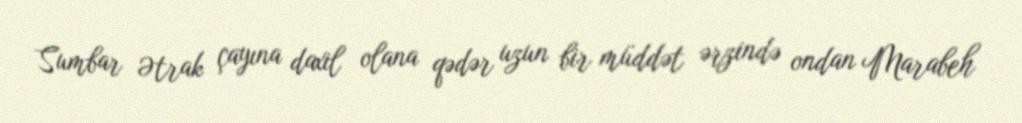
Sumbar Ətrak çayına daxil olana qədər uzun bir müddət ərzində ondan Marabeh